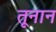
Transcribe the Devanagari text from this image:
तूनान